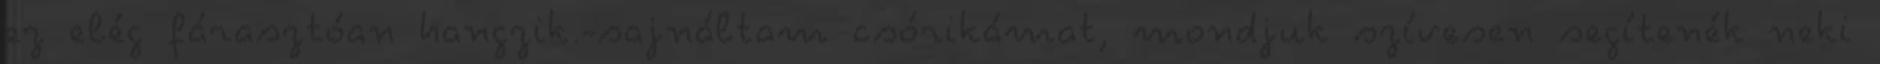
ez elég fárasztóan hangzik.-sajnáltam csórikámat, mondjuk szívesen segítenék neki